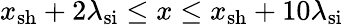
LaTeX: x_{\mathrm{sh}}+2\lambda_{\mathrm{si}}\leq x\leq x_{\mathrm{sh}}+10\lambda_{\mathrm{si}}